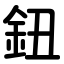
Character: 鈕